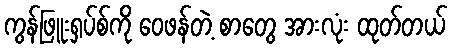
ကွန်ဖြူးရှပ်စ်ကို ဝေဖန်တဲ့ စာတွေ အားလုံး ထုတ်တယ်